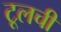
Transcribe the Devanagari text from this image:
टूलची